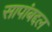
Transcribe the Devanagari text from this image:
सापांबद्दल